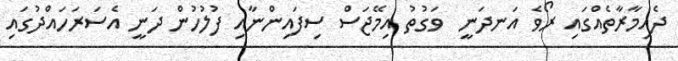
ދެއިމާރާތެއްގައި ރޯވެ އަނދަނީ  ވަގުތު އިމޭޖަސް ސިފައިންނާއި ފުލުހުން ދަނީ އެސަރަހައްދުގައި